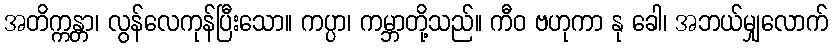
အတိက္ကန္တာ၊ လွန်လေကုန်ပြီးသော။ ကပ္ပာ၊ ကမ္ဘာတို့သည်။ ကီဝ ဗဟုကာ နု ခေါ၊ အဘယ်မျှလောက်